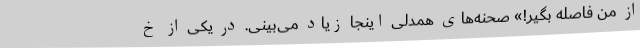
از من فاصله بگیر!» صحنه‌های همدلی اینجا زیاد می‌بینی. در یکی از خ